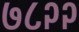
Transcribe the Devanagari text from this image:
७८२२